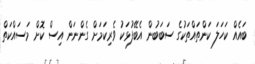
ބައެއް ކަހަލަ ކަންތައްތަކުގެ ސަބަބުން އެބޭފުޅަކު ވެރިކަމަށް ގެންނަން އިސް ކޮށް މަސައްކަތް